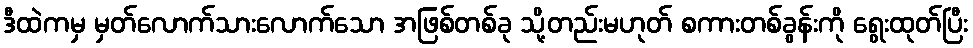
ဒီထဲကမှ မှတ်လောက်သားလောက်သော အဖြစ်တစ်ခု သို့တည်းမဟုတ် စကားတစ်ခွန်းကို ရွေးထုတ်ပြီး